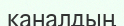
каналдың